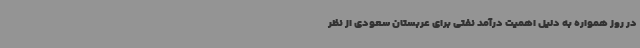
در روز همواره به دلیل اهمیت درآمد نفتی برای عربستان سعودی از نظر